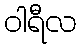
ဝါရီလ